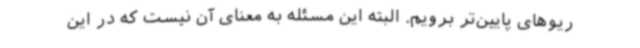
ریوهای پایین‌تر برویم. البته این مسئله به معنای آن نیست که در این